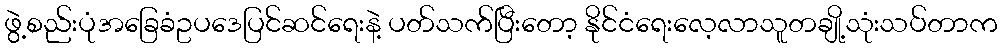
ဖွဲ့စည်းပုံအခြေခံဥပဒေပြင်ဆင်ရေးနဲ့ ပတ်သက်ပြီးတော့ နိုင်ငံရေးလေ့လာသူတချို့သုံးသပ်တာက